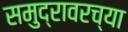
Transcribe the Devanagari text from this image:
समुद्रावरच्या